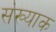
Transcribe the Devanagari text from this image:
संख्याक